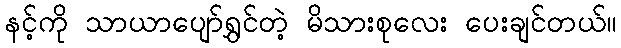
နင့်ကို သာယာပျော်ရွှင်တဲ့ မိသားစုလေး ပေးချင်တယ်။